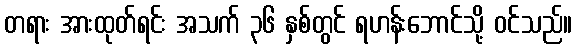
တရား အားထုတ်ရင်း အသက် ၃၆ နှစ်တွင် ရဟန်းဘောင်သို့ ဝင်သည်။